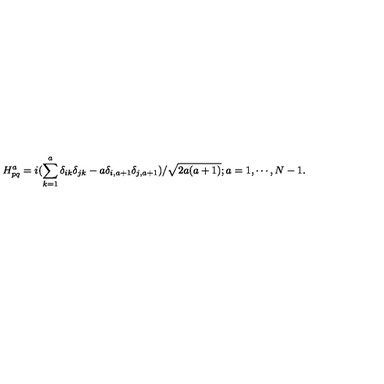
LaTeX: H _ { p q } ^ { a } = i ( \sum _ { k = 1 } ^ { a } \delta _ { i k } \delta _ { j k } - a \delta _ { i , a + 1 } \delta _ { j , a + 1 } ) / \sqrt { 2 a ( a + 1 ) } ; a = 1 , \cdots , N - 1 .